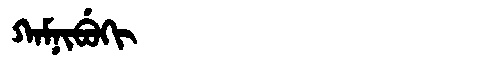
Manchu: ᡴᠠᠮᠨᡳᠪᡠᡴᡳ
Romanization: KAMNIBUKI